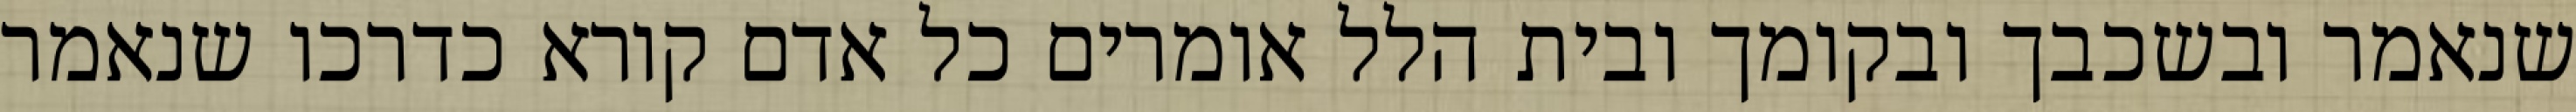
שנאמר ובשכבך ובקומך ובית הלל אומרים כל אדם קורא כדרכו שנאמר